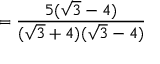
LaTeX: = { \frac { 5 ( { \sqrt { 3 } } - 4 ) } { ( { \sqrt { 3 } } + 4 ) ( { \sqrt { 3 } } - 4 ) } }